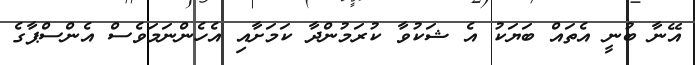
އޭނާ ބުނީ އެތައް ބަޔަކު އެ ޝަކުވާ ކުރަމުންދާ ކަމަށާއި އެހެންނަމަވެސް އެންސްޕާގެ